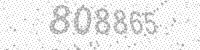
Solution: 808865